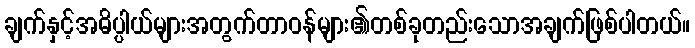
ချက်နှင့်အဓိပ္ပါယ်များအတွက်တာဝန်များ၏တစ်ခုတည်းသောအချက်ဖြစ်ပါတယ်။